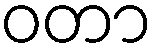
ဝတာ